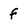
Character: f